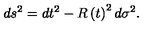
d s ^ { 2 } = d t ^ { 2 } - R \left( t \right) ^ { 2 } d \sigma ^ { 2 } .